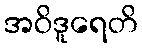
အဝိဒူရေတိ